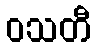
ဝသတီ